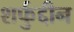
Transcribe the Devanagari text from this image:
शर्फुद्दीन